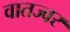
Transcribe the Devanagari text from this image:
वातज्वर